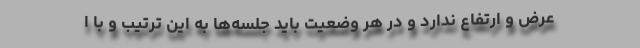
عرض و ارتفاع ندارد و در هر وضعیت باید جلسه‌ها به این ترتیب و با ا